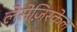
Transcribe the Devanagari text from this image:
लेसेज़िरकेल